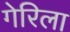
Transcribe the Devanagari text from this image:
गेरिला